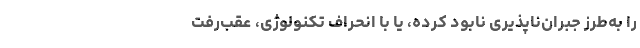
را به‌طرز جبران‌ناپذیری نابود کرده، یا با انحراف تکنولوژی، عقب‌رفت